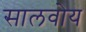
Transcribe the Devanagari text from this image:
सालवोय